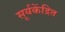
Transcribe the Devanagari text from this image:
सूर्यकेंद्रित